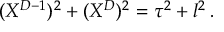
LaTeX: ( X ^ { D - 1 } ) ^ { 2 } + ( X ^ { D } ) ^ { 2 } = \tau ^ { 2 } + l ^ { 2 } \, .